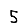
Digit: 5